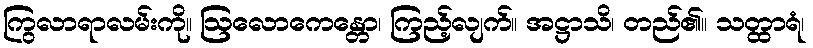
ကြွလာရာလမ်းကို။ ဩလောကေန္တော၊ ကြည့်လျက်။ အဋ္ဌာသိ၊ တည်၏။ သတ္ထာရံ၊